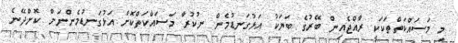
މި މަސައްކަތްތަކަކީ ރާއްޖެއިން ބޭރުގެ ބަޔަކު އަޅުގަނޑުމެން ނުކުރާ މަސައްކަތްކޮށް އަޅުގަނޑުމެންނަށް ކޮށްދޭނެ